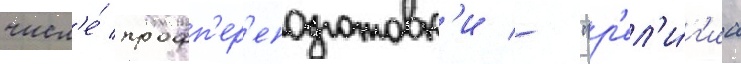
числ'е́ профп'ер'еподготовк'и - "р'ел'и́г'иа